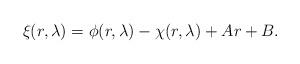
LaTeX: \begin{align*} \xi(r,\lambda) = \phi(r,\lambda) - \chi(r,\lambda) + A r + B.\end{align*}